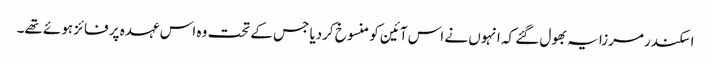
اسکندر مرزا یہ بھول گئے کہ انہوں نے اس آئین کو منسوخ کردیا جس کے تحت وہ اس عہدہ پر فائز ہوئے تھے۔